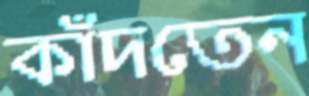
কাঁদতেন